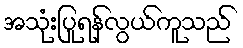
အသုံးပြုရန်လွယ်ကူသည်